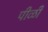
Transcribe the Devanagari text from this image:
पीळी